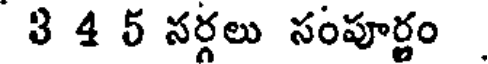
3 4 5 సర్గలు సంపూర్ణం